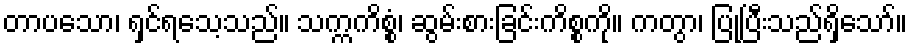
တာပသော၊ ရှင်ရသေ့သည်။ သက္ကကိစ္စံ၊ ဆွမ်းစားခြင်းကိစ္စကို။ ကတွာ၊ ပြုပြီးသည်ရှိသော်။